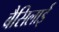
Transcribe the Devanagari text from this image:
बैसिलाई